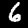
Digit: 6